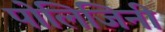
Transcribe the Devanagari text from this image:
पोलिजिनी